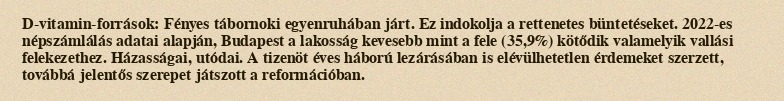
D-vitamin-források: Fényes tábornoki egyenruhában járt. Ez indokolja a rettenetes büntetéseket. 2022-es népszámlálás adatai alapján, Budapest a lakosság kevesebb mint a fele (35,9%) kötődik valamelyik vallási felekezethez. Házasságai, utódai. A tizenöt éves háború lezárásában is elévülhetetlen érdemeket szerzett, továbbá jelentős szerepet játszott a reformációban.